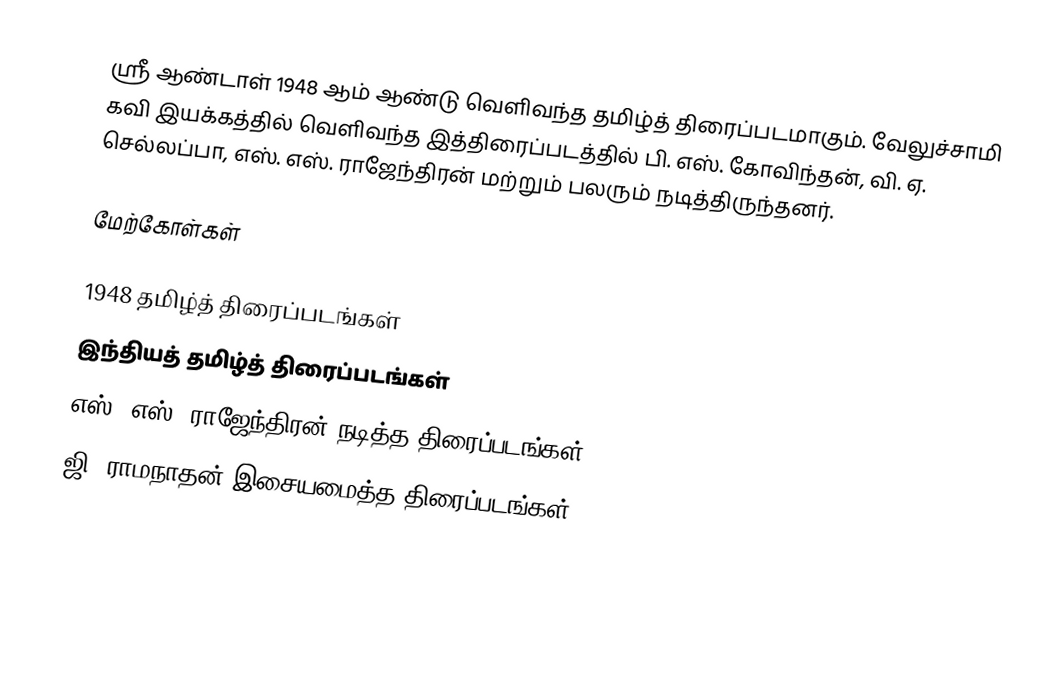
ஸ்ரீ ஆண்டாள் 1948 ஆம் ஆண்டு வெளிவந்த தமிழ்த் திரைப்படமாகும். வேலுச்சாமி கவி இயக்கத்தில் வெளிவந்த இத்திரைப்படத்தில் பி. எஸ். கோவிந்தன், வி. ஏ. செல்லப்பா, எஸ். எஸ். ராஜேந்திரன் மற்றும் பலரும் நடித்திருந்தனர்.

மேற்கோள்கள்

1948 தமிழ்த் திரைப்படங்கள்
இந்தியத் தமிழ்த் திரைப்படங்கள்
எஸ். எஸ். ராஜேந்திரன் நடித்த திரைப்படங்கள்
ஜி. ராமநாதன் இசையமைத்த திரைப்படங்கள்